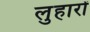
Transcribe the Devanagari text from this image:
लुहारों